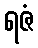
ရဇံ